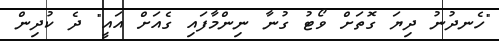
"ހެނދުނު ދިޔަ ގޮތަށް ވޯޓު ގުނާ ނިންމާފައި ގެއަށް އައީ" ދެ ކުދިން